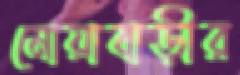
নোয়াবাড়ীর